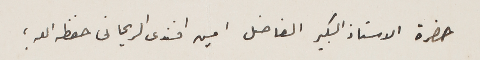
حضرة الاستاذ الكبير الفاضل امين افندى الريحانى حفظه الله ؛